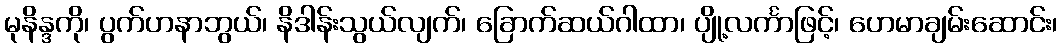
မုနိန္ဒကို၊ ပွက်ဟနာဘွယ်၊ နိဒါန်းသွယ်လျက်၊ ခြောက်ဆယ်ဂါထာ၊ ပျို့လင်္ကာဖြင့်၊ ဟေမာချမ်းဆောင်း၊